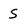
Character: S